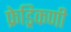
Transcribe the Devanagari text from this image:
फ्रेड्रिकणी